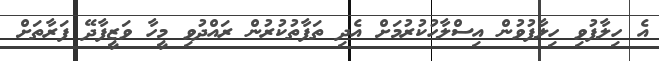
އެ ހިލާފުވި ހިލާފުވުން އިސްލާހުކުރުމަށް އެދި ތަފާތުކުރުން ރައްދުވި މީހާ ވަޒީފާދޭ ފަރާތަށް